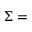
\Sigma =